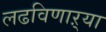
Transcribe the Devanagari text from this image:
लढविणाऱ्या